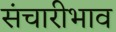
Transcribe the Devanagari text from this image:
संचारीभाव